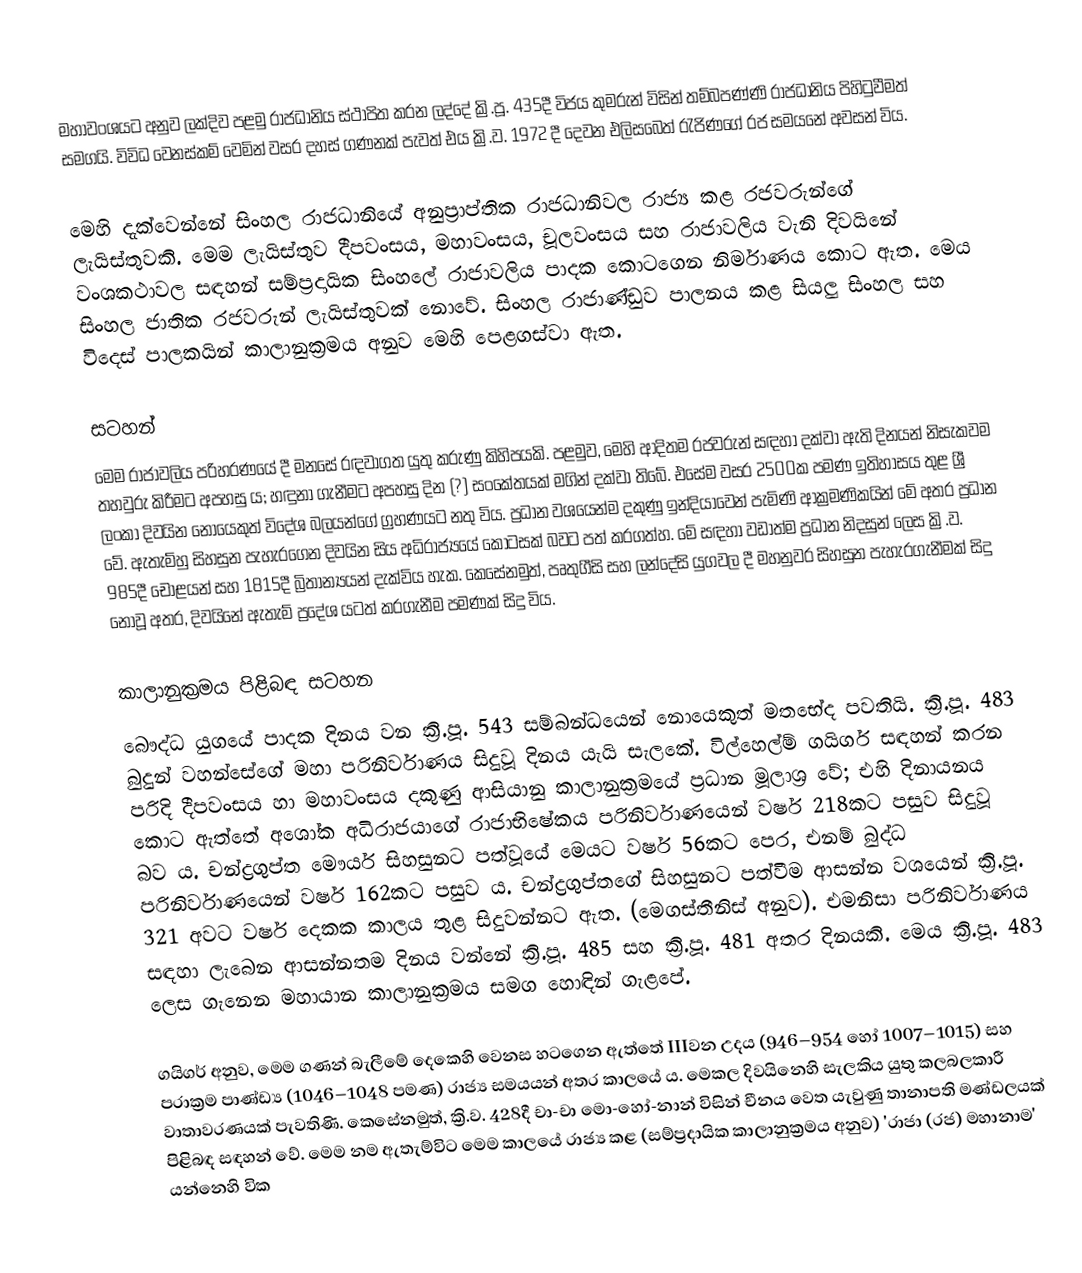
මහාවංශයට අනුව ලක්දිව පළමු රාජධානිය ස්ථාපිත කරන ලද්දේ ක්‍රි.පූ. 435දී විජය කුමරුන් විසින් තම්බපණ්ණි රාජධානිය පිහිටුවීමත් සමගයි. විවිධ වෙනස්කම් වෙමින් වසර දහස් ගණනක් පැවත් එය ක්‍රි.ව. 1972 දී දෙවන එලිසබෙත් රැජිණගේ රජ සමයනේ අවසන් විය.

මෙහි දැක්වෙන්නේ සිංහල රාජධානියේ අනුප්‍රාප්තික රාජධානිවල රාජ්‍ය කළ රජවරුන්ගේ ලැයිස්තුවකි. මෙම ලැයිස්තුව දීපවංසය, මහාවංසය, චූලවංසය සහ රාජාවලිය වැනි දිවයිනේ වංශකථාවල සඳහන් සම්ප්‍රදායික සිංහලේ රාජාවලිය පාදක කොටගෙන නිර්මාණය කොට ඇත. මෙය සිංහල ජාතික රජවරුන් ලැයිස්තුවක් නොවේ. සිංහල රාජාණ්ඩුව පාලනය කළ සියලු සිංහල සහ විදෙස් පාලකයින් කාලානුක්‍රමය අනුව මෙහි පෙළගස්වා ඇත.

සටහන්
මෙම රාජාවලිය පරිහරණයේ දී මනසේ රඳවාගත යුතු කරුණු කිහිපයකි. පළමුව, මෙහි ආදිතම රජවරුන් සඳහා දක්වා ඇති දිනයන් නිසැකවම තහවුරු කිරීමට අපහසු ය; හඳුනා ගැනීමට අපහසු දින (?) සංකේතයක් මගින් දක්වා තිබේ. එසේම වසර 2500ක පමණ ඉතිහාසය තුළ ශ්‍රී ලංකා දිවයින නොයෙකුත් විදේශ බලයන්ගේ ග්‍රහණයට නතු විය. ප්‍රධාන වශයෙන්ම දකුණු ඉන්දියාවෙන් පැමිණි ආක්‍රමණිකයින් මේ අතර ප්‍රධාන වේ. ඇතැම්හු සිහසුන පැහැරගෙන දිවයින සිය අධිරාජ්‍යයේ කොටසක් බවට පත් කරගත්හ. මේ සඳහා වඩාත්ම ප්‍රධාන නිදසුන් ලෙස ක්‍රි.ව. 985දී චෝළයන් සහ 1815දී බ්‍රිතාන්‍යයන් දැක්විය හැක. කෙසේනමුත්, පෘතුගීසි සහ ලන්දේසි යුගවල දී මහනුවර සිහසුන පැහැරගැනීමක් සිදු නොවූ අතර, දිවයිනේ ඇතැම් ප්‍රදේශ යටත් කරගැනීම පමණක් සිදු විය.

කාලානුක්‍රමය පිළිබඳ සටහන
බෞද්ධ යුගයේ පාදක දිනය වන ක්‍රි.පූ. 543 සම්බන්ධයෙන් නොයෙකුත් මතභේද පවතියි. ක්‍රි.පූ. 483 බුදුන් වහන්සේගේ මහා පරිනිර්වාණය සිදුවූ දිනය යැයි සැලකේ. විල්හෙල්ම් ගයිගර් සඳහන් කරන පරිදි දීපවංසය හා මහාවංසය දකුණු ආසියානු කාලානුක්‍රමයේ ප්‍රධාන මූලාශ්‍ර වේ; එහි දිනායනය කොට ඇත්තේ අශෝක අධිරාජයා‍‍ගේ රාජාභිෂේකය පරිනිර්වාණයෙන් වර්ෂ 218කට පසුව සිදුවූ බව ය. චන්ද්‍රගුප්ත මෞර්ය සිහසුනට පත්වූයේ මෙයට වර්ෂ 56කට පෙර, එනම් බුද්ධ පරිනිර්වාණයෙන් වර්ෂ 162කට පසුව ය. චන්ද්‍රගුප්ත‍ගේ සිහසුනට පත්වීම ආසන්න වශයෙන් ක්‍රි.පූ. 321 අවට වර්ෂ දෙකක කාලය තුළ සිදුවන්නට ඇත. (මෙගස්තීනිස් අනුව). එමනිසා පරිනිර්වාණය සඳහා ලැබෙන ආසන්නතම දිනය වන්නේ ක්‍රි.පූ. 485 සහ ක්‍රි.පූ. 481 අතර දිනයකි. මෙය ක්‍රි.පූ. 483 ලෙස ගැනෙන මහායාන කාලානුක්‍රමය සමග හොඳින් ගැළපේ.

ගයිගර් අනුව, මෙම ගණන් බැලීමේ දෙකෙහි වෙනස හටගෙන ඇත්තේ IIIවන උදය (946–954 හෝ 1007–1015) සහ පරාක්‍රම පාණ්ඩ්‍ය (1046–1048 පමණ) රාජ්‍ය සමයයන් අතර කාලයේ ය. මෙකල දිවයිනෙහි සැලකිය යුතු කලබලකාරී වාතාවරණයක් පැවතිණි. කෙසේනමුත්, ක්‍රි.ව. 428දී චා-චා මො-හෝ-නාන් විසින් චීනය වෙත යැවුණු තානාපති මණ්ඩලයක් පිළිබඳ සඳහන් වේ. මෙම නම ඇතැම්විට මෙම කාලයේ රාජ්‍ය කළ (සම්ප්‍රදායික කාලානුක්‍රමය අනුව) 'රාජා (රජ) මහානාම' යන්නෙහි වික